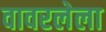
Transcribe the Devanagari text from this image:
वावरलेला